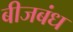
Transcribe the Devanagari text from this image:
बीजबंध